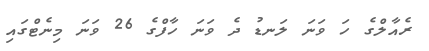
ރެއާލްގެ ހަ ވަނަ ލަނޑު ދެ ވަނަ ހާފްގެ 26 ވަނަ މިނެޓްގައި